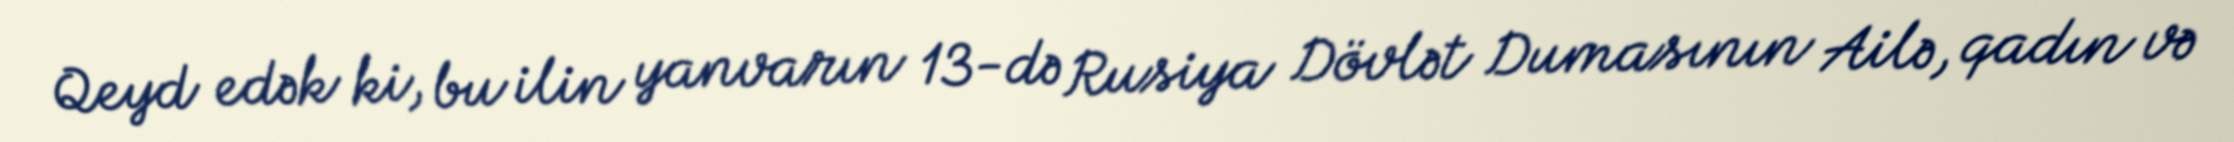
Qeyd edək ki, bu ilin yanvarın 13-də Rusiya Dövlət Dumasının Ailə, qadın və